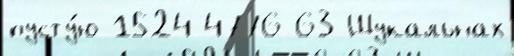
пусту́ю 1524-4776 63 Шукальнах